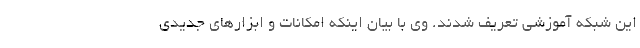
این شبکه آموزشی تعریف شدند. وی با بیان اینکه امکانات و ابزارهای جدیدی